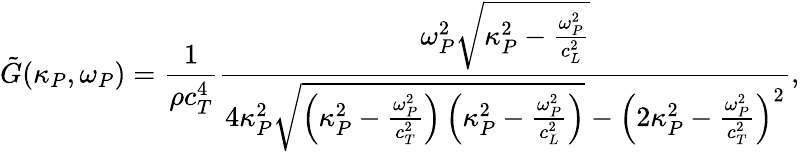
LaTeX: \tilde{G}(\kappa_{P},\omega_{P})=\frac{1}{\rho c_{T}^{4}}\frac{\omega_{P}^{2}\sqrt{\kappa_{P}^{2}-\frac{\omega_{P}^{2}}{c_{L}^{2}}}}{4\kappa_{P}^{2}\sqrt{\left(\kappa_{P}^{2}-\frac{\omega_{P}^{2}}{c_{T}^{2}}\right)\left(\kappa_{P}^{2}-\frac{\omega_{P}^{2}}{c_{L}^{2}}\right)}-\left(2\kappa_{P}^{2}-\frac{\omega_{P}^{2}}{c_{T}^{2}}\right)^{2}},